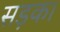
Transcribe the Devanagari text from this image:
सड़क।